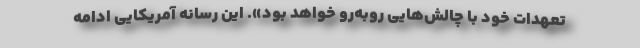
تعهدات خود با چالش‌هایی روبه‌رو خواهد بود». این رسانه آمریکایی ادامه